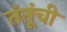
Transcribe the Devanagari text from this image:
तंतूंची